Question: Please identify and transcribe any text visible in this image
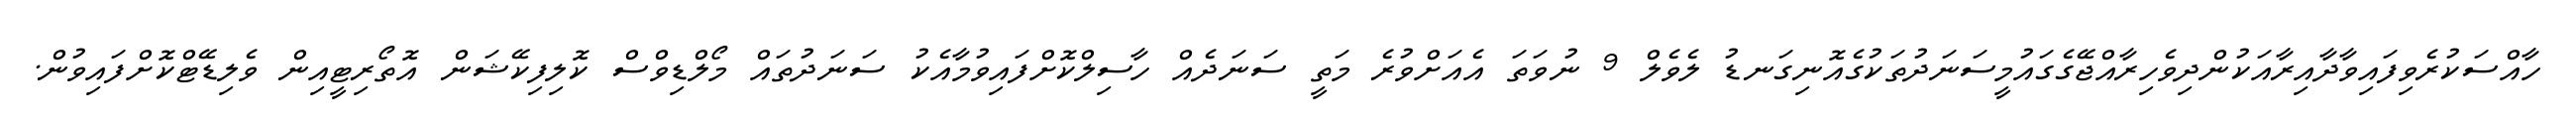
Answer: ހާއްސަކުރެވިފައިވާދާއިރާއަކުންދިވެހިރާއްޖޭގެގައުމީސަނަދުތަކުގެއޮނިގަނޑު ލެވެލް 9 ނުވަތަ އެއަށްވުރެ މަތީ ސަނަދެއް ހާސިލްކޮށްފައިވުމާއެކު ސަނަދުތައް މޯލްޑިވްސް ކޮލިފިކޭޝަން އޮތޯރިޓީއިން ވެލިޑޭޓްކޮށްފައިވުން.